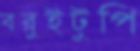
বরুইটুপি